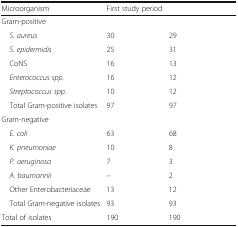
<table><thead><tr><td><b>Microorganism</b></td><td><b>First study period</b></td><td>[EMPTY_CELL]</td></tr></thead><tbody><tr><td colspan="3">Gram-positive</td></tr><tr><td><i> S. aureus</i></td><td>30</td><td>29</td></tr><tr><td><i> S. epidermidis</i></td><td>25</td><td>31</td></tr><tr><td> CoNS</td><td>16</td><td>13</td></tr><tr><td><i> Enterococcus spp.</i></td><td>16</td><td>12</td></tr><tr><td><i> Streptococcus spp.</i></td><td>10</td><td>12</td></tr><tr><td> Total Gram-positive isolates</td><td>97</td><td>97</td></tr><tr><td colspan="3">Gram-negative</td></tr><tr><td><i> E. coli</i></td><td>63</td><td>68</td></tr><tr><td><i> K. pneumoniae</i></td><td>10</td><td>8</td></tr><tr><td><i> P. aeruginosa</i></td><td>7</td><td>3</td></tr><tr><td><i> A. baumannii</i></td><td>–</td><td>2</td></tr><tr><td> Other Enterobacteriaceae</td><td>13</td><td>12</td></tr><tr><td> Total Gram-negative isolates</td><td>93</td><td>93</td></tr><tr><td>Total of isolates</td><td>190</td><td>190</td></tr></tbody></table>